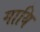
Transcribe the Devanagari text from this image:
गायि